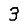
Digit: 3